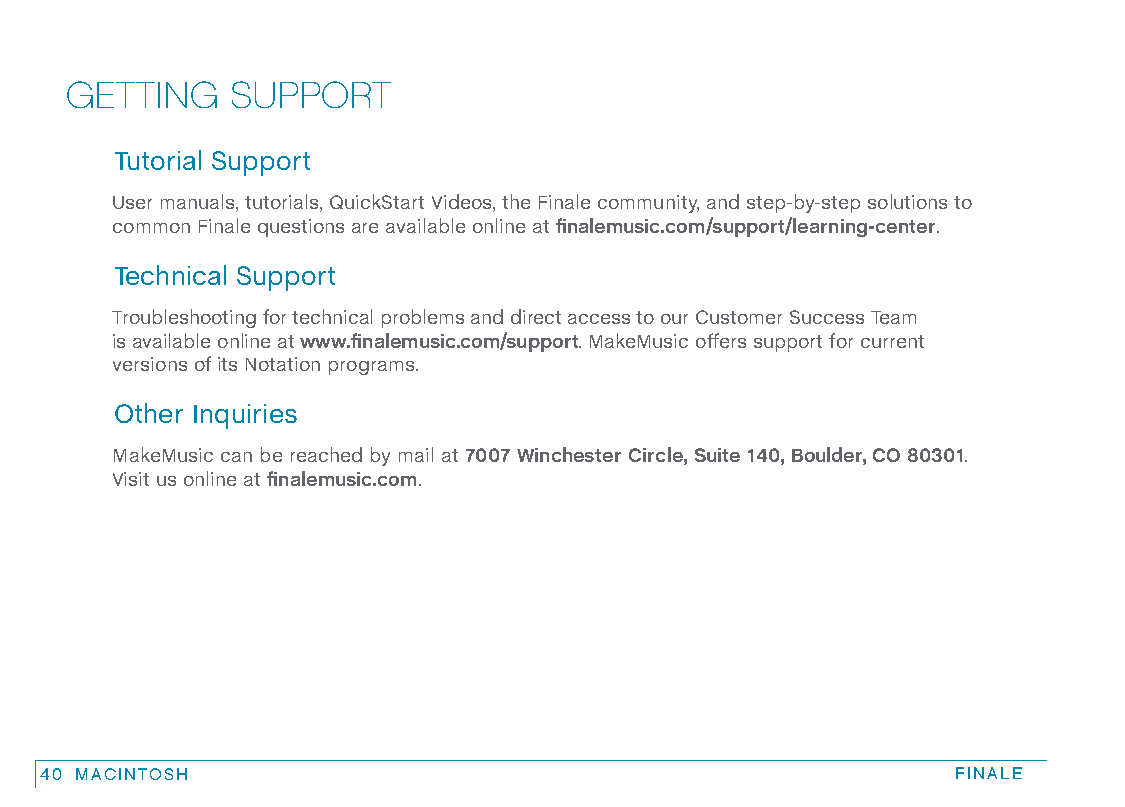
GETTING    SUPPORT
 Tutorial Support
 User manuals, tutorials, QuickStart Videos, the Finale community, and step-by-step solutions to
 common Finale questions are available online at finalemusic.com/support/learning-center.
 Technical Support
 Troubleshooting for technical problems and direct access to our Customer Success Team
 is available online at www.finalemusic.com/support. MakeMusic offers support for current
 versions of its Notation programs.
 Other Inquiries
 MakeMusic can be reached by mail at 7007 Winchester Circle, Suite 140, Boulder, CO 80301.
 Visit us online at finalemusic.com.
 40 MACINTOSH                                                FINALE